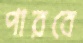
পারবে